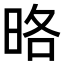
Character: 𭥵